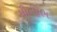
મીનીમમ